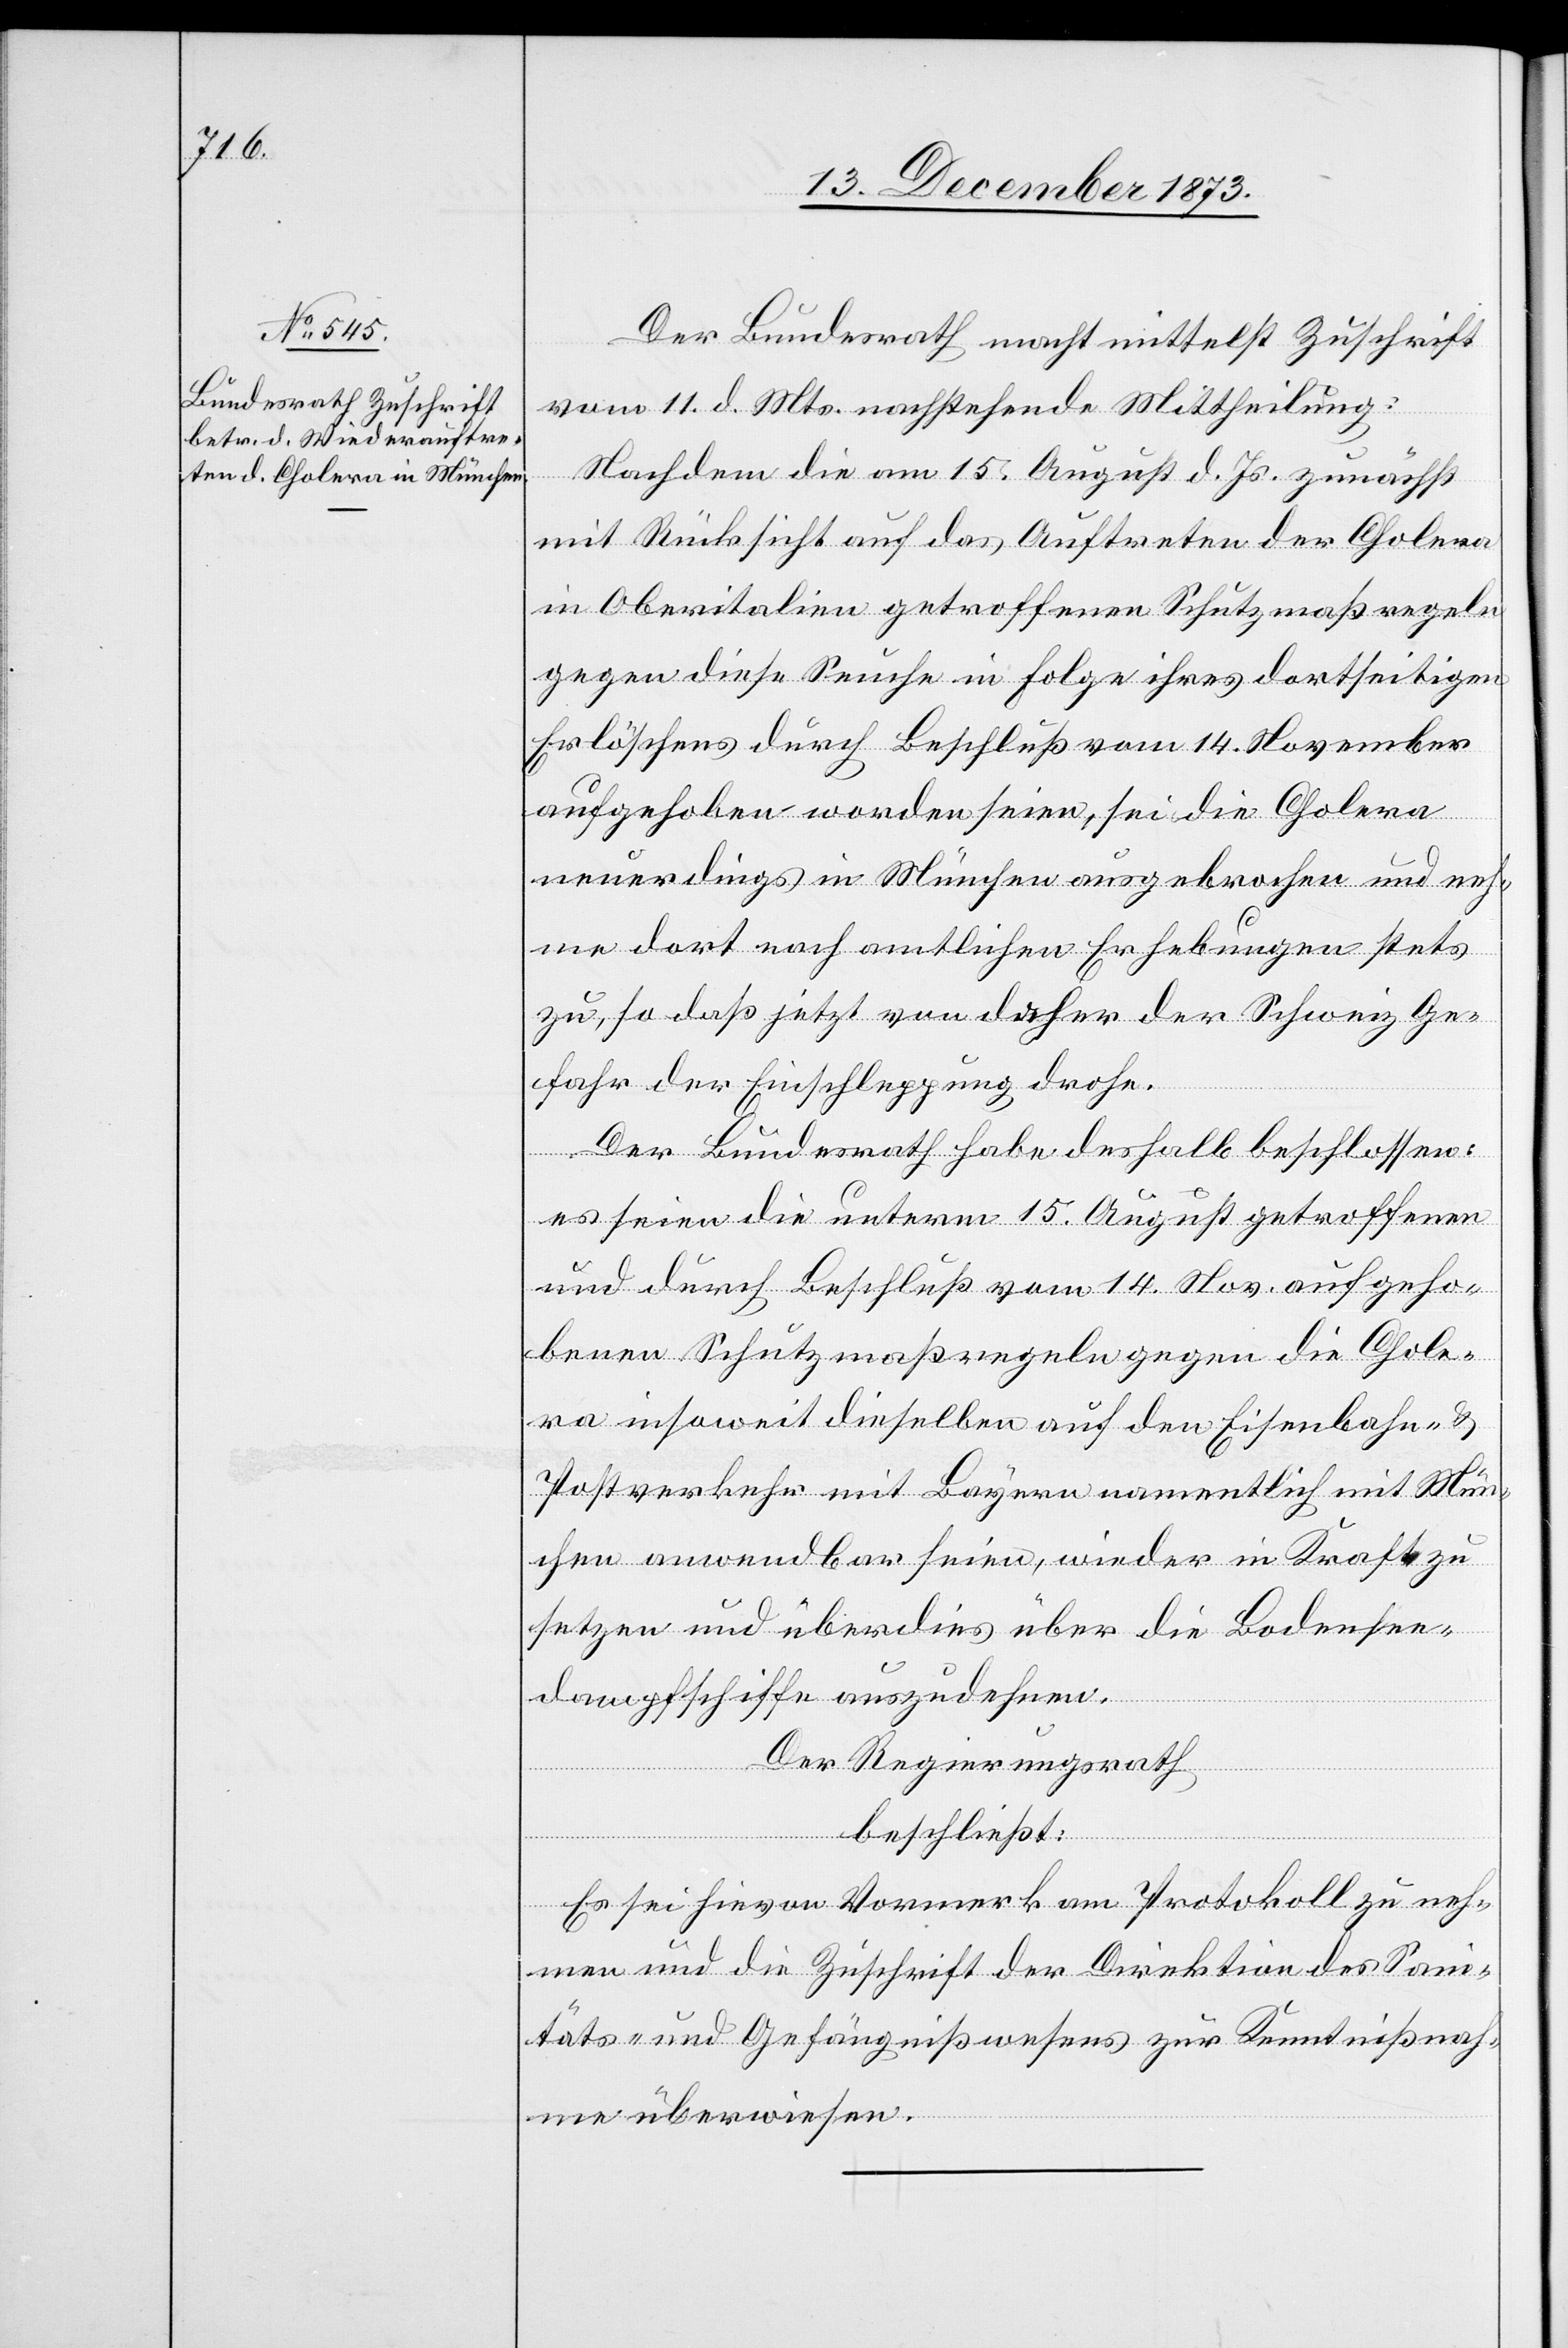
Der Bundesrath macht mittelst Zuschrift
vom 11. d. Mts. nachstehende Mittheilung:
Nachdem die am 15. August d. Js. zunächst
mit Rücksicht auf das Auftreten der Cholera
in Oberitalien getroffenen Schutzmaßregeln
gegen diese Seuche in Folge ihres dortseitigen
Erlöschens durch Beschluß vom 14. November
aufgehoben worden seien, sei die Cholera
neuerdings in München ausgebrochen und neh¬
me dort nach amtlichen Erhebungen stets
zu, so daß jetzt von daher der Schweiz Ge¬
fahr der Einschleppung drohe.
Der Bundesrath habe deshalb beschlossen:
es seien die unterm 15. August getroffenen
und durch Beschluß vom 14. Nov. aufgeho¬
benen Schutzmaßregeln gegen die Chole¬
ra insoweit dieselben auf den Eisenbahn- &
Postverkehr mit Bayern namentlich mit Mün¬
chen anwendbar seien, wieder in Kraft zu
setzen und überdies über die Bodensee¬
dampfschiffe auszudehnen.
Der Regierungsrath
beschließt:
Es sei hievon Vormerk am Protokoll zu neh¬
men und die Zuschrift der Direktion des San¬
itäts- und Gefängnißwesens zur Kenntnißnah¬
me überwiesen.